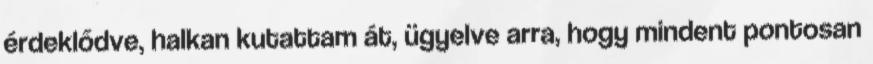
érdeklődve, halkan kutattam át, ügyelve arra, hogy mindent pontosan